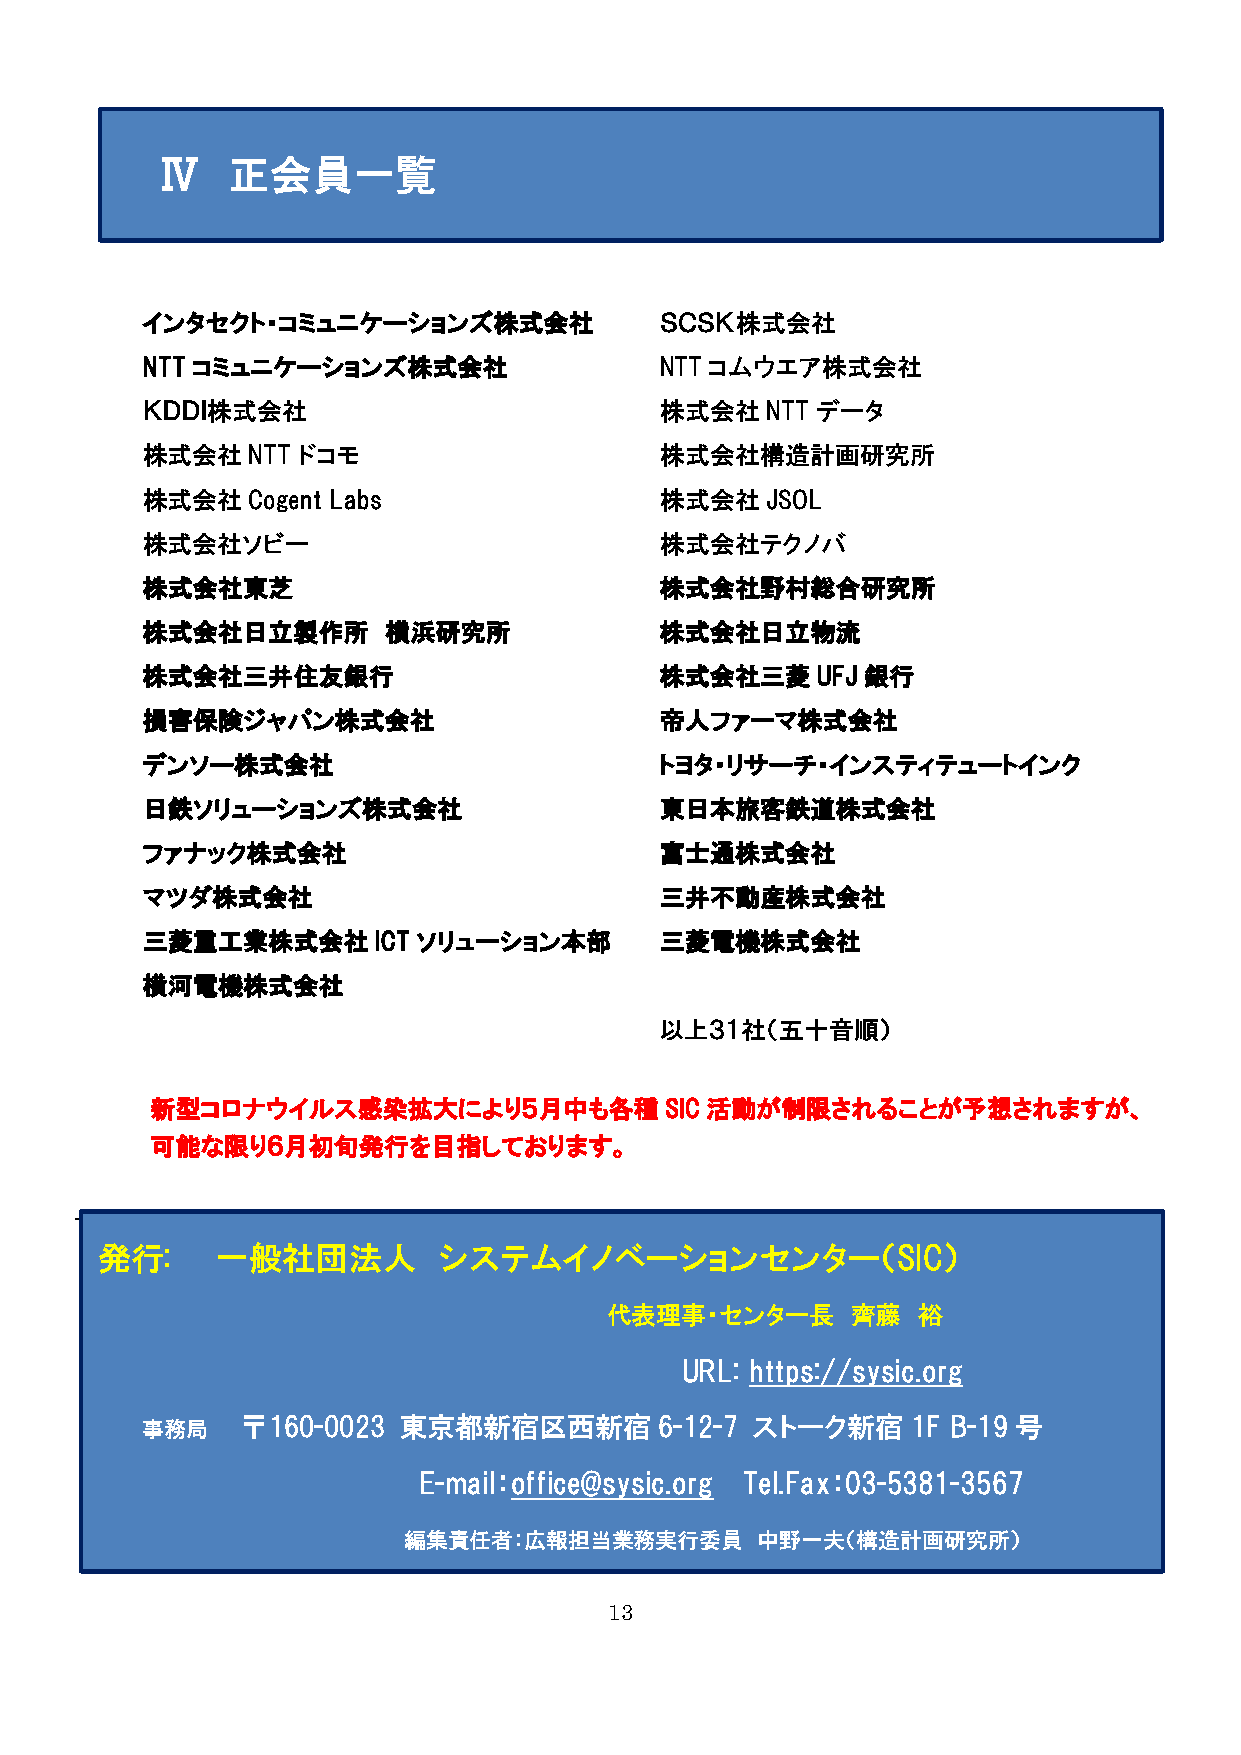
Ⅳ   正会員一覧
 インタセクト・コミュニケーションズ株式会社              ＳＣＳＫ株式会社
 NTT コミュニケーションズ株式会社                 NTT コムウエア株式会社
 ＫＤＤＩ株式会社                           株式会社   NTT データ
 株式会社   NTT ドコモ                     株式会社構造計画研究所
 株式会社   Cogent Labs                 株式会社   JSOL
 株式会社ソビー                            株式会社テクノバ
 株式会社東芝                             株式会社野村総合研究所
 株式会社日立製作所       横浜研究所              株式会社日立物流
 株式会社三井住友銀行                         株式会社三菱    UFJ 銀行
 損害保険ジャパン株式会社                       帝人ファーマ株式会社
 デンソー株式会社                           トヨタ・リサーチ・インスティテュートインク
 日鉄ソリューションズ株式会社                     東日本旅客鉄道株式会社
 ファナック株式会社                          富士通株式会社
 マツダ株式会社                            三井不動産株式会社
 三菱重工業株式会社       ICT ソリューション本部      三菱電機株式会社
 横河電機株式会社
 以上３１社（五十音順）
 新型コロナウイルス感染拡大により５月中も各種            SIC活動が制限されることが予想されますが、
 可能な限り６月初旬発行を目指しております。
 発行:     一般社団法人         システムイノベーションセンター（SIC）
 代表理事・センター長      齊藤   裕
 URL: https://sysic.org
 事務局    〒160-0023 東京都新宿区西新宿         6-12-7 ストーク新宿   1F B-19 号
 E-mail：office@sysic.org Tel.Fax：03-5381-3567
 編集責任者：広報担当業務実行委員       中野一夫（構造計画研究所）
 13